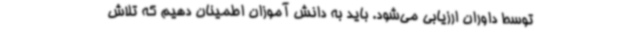
توسط داوران ارزیابی می‌شود. باید به دانش آموزان اطمینان دهیم که تلاش